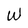
Character: W